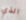
الذي